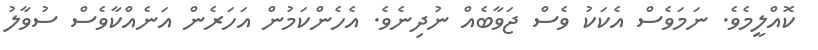
ކޮއްލީމެވެ. ނަމަވެސް އެކަކު ވެސް ޖަވާބެއް ނުދިނެވެ. އެހެންކަމުން އަހަރެން އަނެއްކާވެސް ސުވާލު